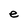
Character: e